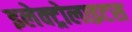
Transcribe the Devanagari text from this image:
इलेक्ट्रोलाइटस